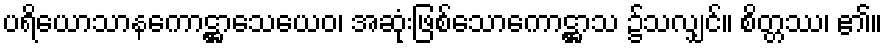
ပရိယောသာနကောဋ္ဌာသေယေဝ၊ အဆုံးဖြစ်သောကောဋ္ဌာသ ၌သလျှင်။ စိတ္တဿ၊ ၏။